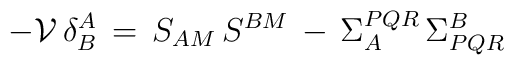
-{\cal V} \,\delta^{A}_{B} \,  = \, S_{AM} \, S^{BM} \, - \,\Sigma_{A}^{PQR} \, \Sigma^{B}_{PQR}